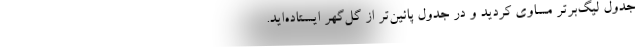
جدول لیگ‌برتر مساوی کردید و در جدول پائین‌تر از گل‌گهر ایستاده‌اید.